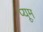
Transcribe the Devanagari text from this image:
प्यूम